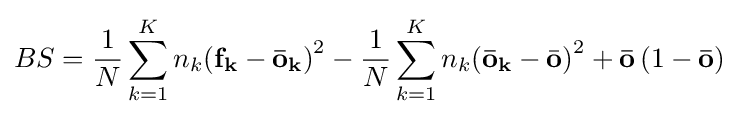
BS={\frac {1}{N}}\sum \limits _{k=1}^{K}{n_{k}(\mathbf {f_{k}} -\mathbf {\bar {o}} _{\mathbf {k} })}^{2}-{\frac {1}{N}}\sum \limits _{k=1}^{K}{n_{k}(\mathbf {{\bar {o}}_{k}} -{\bar {\mathbf {o} }})}^{2}+\mathbf {\bar {o}} \left({1-\mathbf {\bar {o}} }\right)